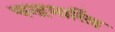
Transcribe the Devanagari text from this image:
चन्द्रमासिंह